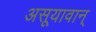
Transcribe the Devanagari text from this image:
असूयावान्